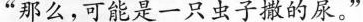
”那么，可能是一只虫子撒的尿。”